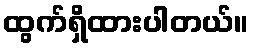
ထွက်ရှိထားပါတယ်။